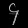
Digit: ၄